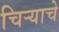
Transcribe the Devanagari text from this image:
चिऱ्याचे